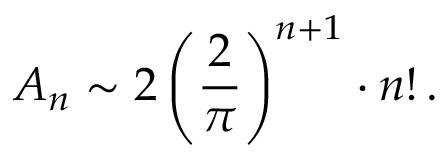
A _ { n } \sim 2 \left( { \frac { 2 } { \pi } } \right) ^ { n + 1 } \cdot n ! \, .